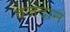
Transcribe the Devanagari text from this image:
वजदान